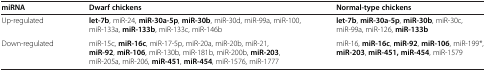
<table><thead><tr><td><b>miRNA</b></td><td><b>Dwarf chickens</b></td><td><b>Normal-type chickens</b></td></tr></thead><tbody><tr><td>Up-regulated</td><td><b>let-7b</b>, miR-24, <b>miR-30a-5p</b>, <b>miR-30b</b>, miR-30d, miR-99a, miR-100, miR-133a, <b>miR-133b</b>, miR-133c, miR-146b</td><td><b>let-7b</b>, <b>miR-30a-5p</b>, <b>miR-30b</b>, miR-30c, miR-99a, miR-126, <b>miR-133b</b></td></tr><tr><td>Down-regulated</td><td>miR-15c, <b>miR-16c</b>, miR-17-5p, miR-20a, miR-20b, miR-21, <b>miR-92</b>, <b>miR-106</b>, miR-130b, miR-181b, miR-200b, <b>miR-203</b>, miR-205a, miR-206, <b>miR-451</b>, <b>miR-454</b>, miR-1576, miR-1777</td><td>miR-16, <b>miR-16c</b>, <b>miR-92</b>, <b>miR-106</b>, miR-199*, <b>miR-203</b>, <b>miR-451, miR-454</b>, miR-1579</td></tr></tbody></table>